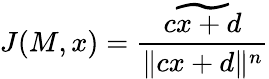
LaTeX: J(M,x)={\frac{\widetilde{cx+d}}{\| cx+d\| ^{n}}}